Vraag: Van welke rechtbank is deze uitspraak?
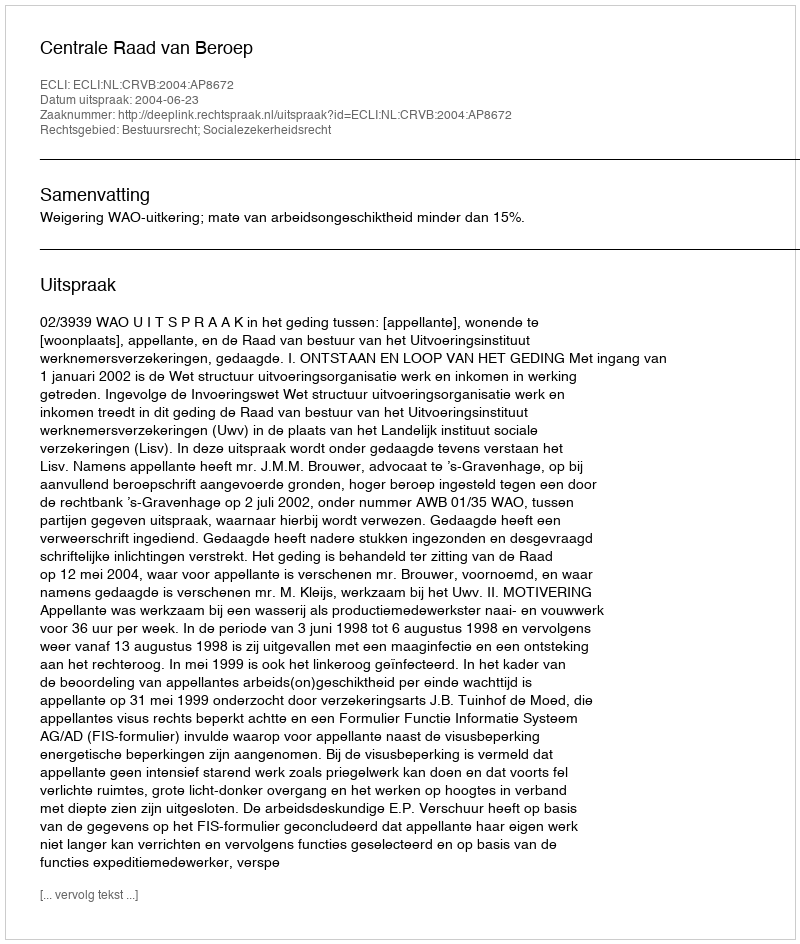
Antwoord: Centrale Raad van Beroep